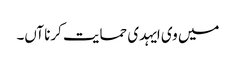
میں وی ایہدی حمایت کرنا آں۔